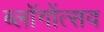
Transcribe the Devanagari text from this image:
ब्लॉगोंत्सव